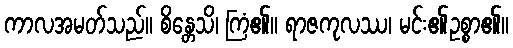
ကာလအမတ်သည်။ စိန္တေသိ၊ ကြံ၏။ ရာဇကုလဿ၊ မင်း၏ဥစ္စာ၏။